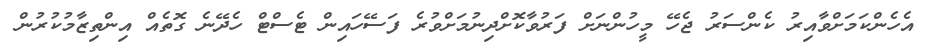
އެހެންކަމަށްވާއިރު ކެންސަރު ޖެހޭ މީހުންނަށް ފަރުވާކޮށްދިނުމަށްވުރެ ފަސޭހައިން ޓެސްޓް ހެދޭނެ ގޮތެއް އިންތިޒާމުކުރުން